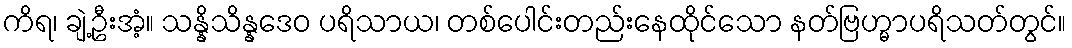
ကိရ၊ ချဲ့ဦးအံ့။ သန္နိသိန္နဒေဝ ပရိသာယ၊ တစ်ပေါင်းတည်းနေထိုင်သော နတ်ဗြဟ္မာပရိသတ်တွင်။